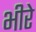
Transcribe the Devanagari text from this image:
भीरे